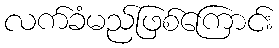
လက်ခံမည်ဖြစ်ကြောင်း